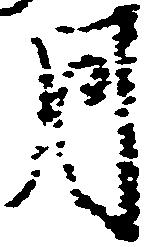
月